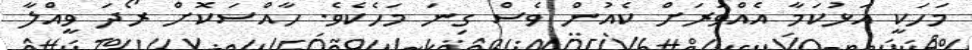
މަހަކީ އަޅުކަމާ އެއްވަރަށް ކެއުން ވެސް ގިނަ މަހެކެވެ. ހާއްސަކޮށް ރޯދަ ވީއްލާ